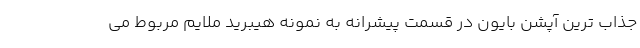
جذاب ترین آپشن بایون در قسمت پیشرانه به نمونه هیبرید ملایم مربوط می